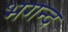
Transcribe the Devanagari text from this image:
भगन्द